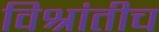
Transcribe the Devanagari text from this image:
विश्रांतीच